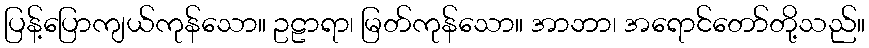
ပြန့်ပြောကျယ်ကုန်သော။ ဥဠာရာ၊ မြတ်ကုန်သော။ အာဘာ၊ အရောင်တော်တို့သည်။